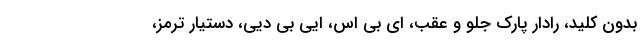
بدون کلید، رادار پارک جلو و عقب، ای بی اس، ایی بی دیی، دستیار ترمز،